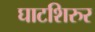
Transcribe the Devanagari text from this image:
घाटशिरुर